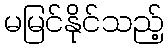
မမြင်နိုင်သည့်